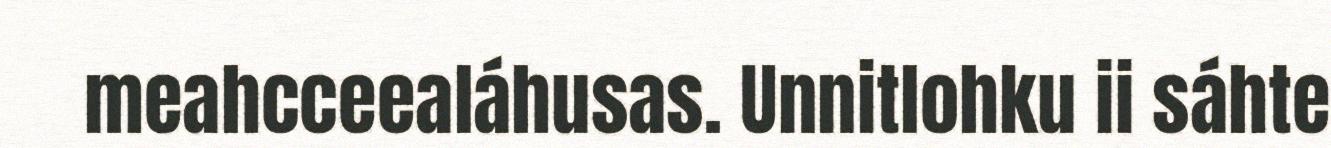
meahcceealáhusas. Unnitlohku ii sáhte